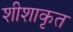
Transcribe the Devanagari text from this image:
शीशाकृत